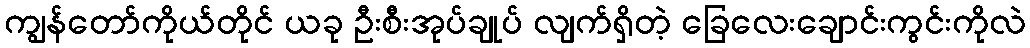
ကျွန်တော်ကိုယ်တိုင် ယခု ဦးစီးအုပ်ချုပ် လျက်ရှိတဲ့ ခြေလေးချောင်းကွင်းကိုလဲ